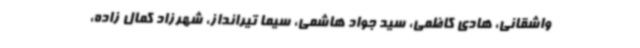
واشقانی، هادی کاظمی، سید جواد هاشمی، سیما تیرانداز، شهرزاد کمال زاده،